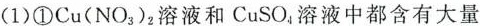
(1)①Cu(NO_{3})_{2}溶液和CuSO_{4}溶液中都含有大量